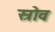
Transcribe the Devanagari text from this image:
स्रोव